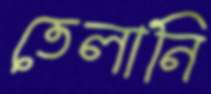
তেলানি